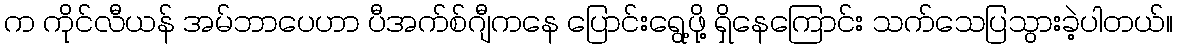
က ကိုင်လီယန် အမ်ဘာပေဟာ ပီအက်စ်ဂျီကနေ ပြောင်းရွေ့ဖို့ ရှိနေကြောင်း သက်သေပြသွားခဲ့ပါတယ်။